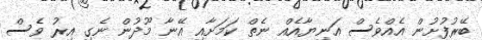
ބޭރުފުށުން އެއްވެސް އަނިޔާއެއް ނެތް ކަމަށާއި އޭނާ މޫދުން ނެގި އިރު ވެސް